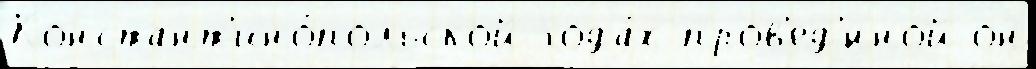
Констант'ино́польской года́х пров'ед'́нной он